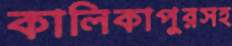
কালিকাপুরসহ